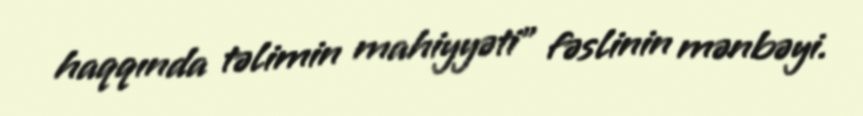
haqqında təlimin mahiyyəti" fəslinin mənbəyi.